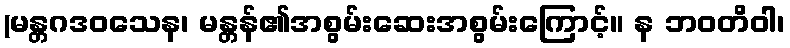
(မန္တဂဒဝသေန၊ မန္တန်၏အစွမ်းဆေးအစွမ်းကြောင့်။ န ဘဝတိဝါ၊